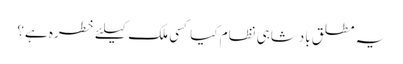
یہ مطلق بادشاہی نظام کیا کسی ملک کیلئے خطره ہے؟